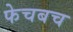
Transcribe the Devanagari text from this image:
फेचबच